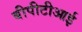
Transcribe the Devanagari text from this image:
बीपीटीआई